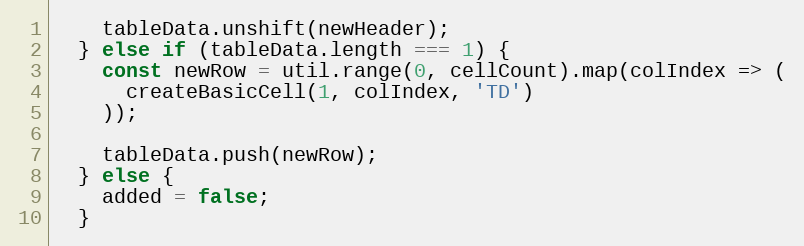
Language: JavaScript
    tableData.unshift(newHeader);
  } else if (tableData.length === 1) {
    const newRow = util.range(0, cellCount).map(colIndex => (
      createBasicCell(1, colIndex, 'TD')
    ));

    tableData.push(newRow);
  } else {
    added = false;
  }